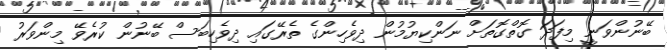
ބޭނުންވަނީ މިފަދަ ގޮތްގޮތަށް ނަންކިޔުމުން ދިވެހިންގެ ތެރޭގައި ދިވެހިބަސް ބޭނުން ކުރެވޭ މިންވަރު